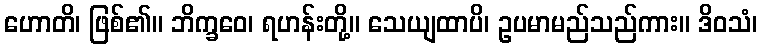
ဟောတိ၊ ဖြစ်၏။ ဘိက္ခဝေ၊ ရဟန်းတို့။ သေယျထာပိ၊ ဥပမာမည်သည်ကား။ ဒိဝသံ၊